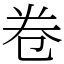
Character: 卷